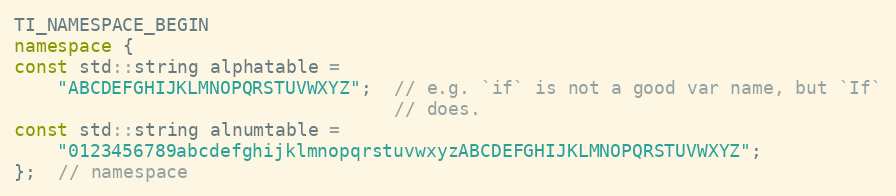
Language: C++
TI_NAMESPACE_BEGIN
namespace {
const std::string alphatable =
    "ABCDEFGHIJKLMNOPQRSTUVWXYZ";  // e.g. `if` is not a good var name, but `If`
                                   // does.
const std::string alnumtable =
    "0123456789abcdefghijklmnopqrstuvwxyzABCDEFGHIJKLMNOPQRSTUVWXYZ";
};  // namespace